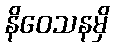
နိဝေသနမှိ